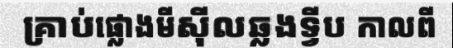
គ្រាប់ផ្លោងមីស៊ីលឆ្លងទ្វីប កាលពី